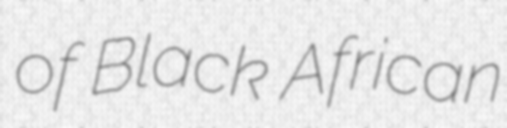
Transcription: of Black African